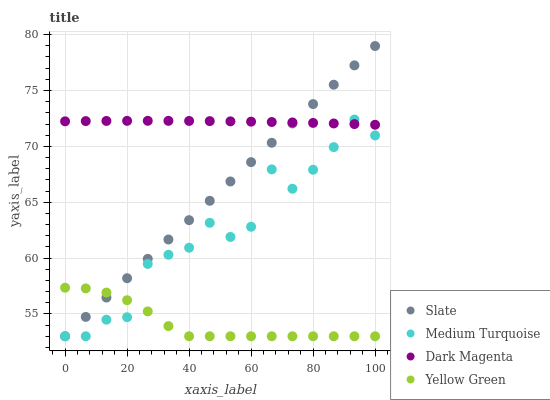
| xaxis_label | Slate | Medium Turquoise | Dark Magenta | Yellow Green |
 | --- | --- | --- | --- | --- |
 | 0 | 53 | 53 | 72.2 | 57.3 |
 | 6.67 | 54.7 | 53 | 72.3 | 57.3 |
 | 13.3 | 56.5 | 54.5 | 72.3 | 56.9 |
 | 20 | 58.2 | 54.7 | 72.3 | 56.2 |
 | 26.7 | 59.9 | 59.5 | 72.3 | 55.2 |
 | 33.3 | 61.7 | 60.3 | 72.3 | 53.9 |
 | 40 | 63.4 | 60.9 | 72.3 | 53 |
 | 46.7 | 65.1 | 63.2 | 72.3 | 53 |
 | 53.3 | 66.9 | 61.9 | 72.2 | 53 |
 | 60 | 68.6 | 62.8 | 72.2 | 53 |
 | 66.7 | 70.3 | 67.9 | 72.2 | 53 |
 | 73.3 | 72.1 | 66.2 | 72.1 | 53 |
 | 80 | 73.8 | 67.9 | 72.1 | 53 |
 | 86.7 | 75.5 | 69.9 | 72 | 53 |
 | 93.3 | 77.3 | 72.4 | 72 | 53 |
 | 100 | 79 | 71 | 71.9 | 53 |